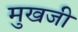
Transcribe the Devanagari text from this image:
मुखजी